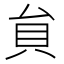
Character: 貟